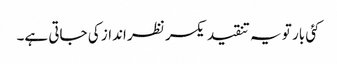
کئی بار تو یہ تنقید یکسر نظر انداز کی جاتی ہے۔